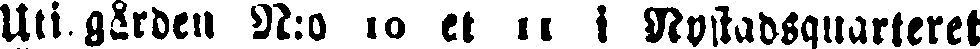
Uti gården N:o 10 et 11 i Nystadsquarteret